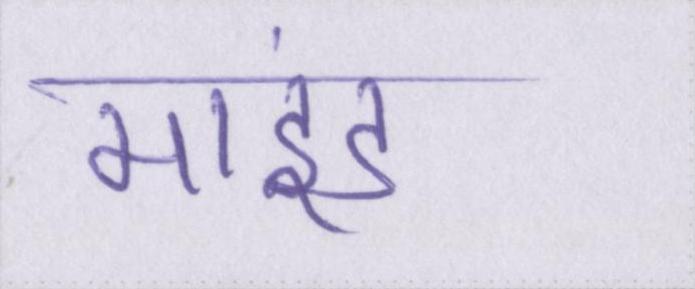
माइंड